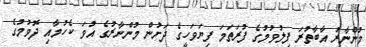
މުންނާރު އާބާތުރަ ފިލުވުމުގެ ފުރަތަމަ ފިޔަވަހީގެ ދަށުން މުންނާރުގެ އުވަ ކެހުމާއި ދޮވުމުގެ